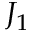
J _ { 1 }